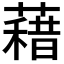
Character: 𮑭